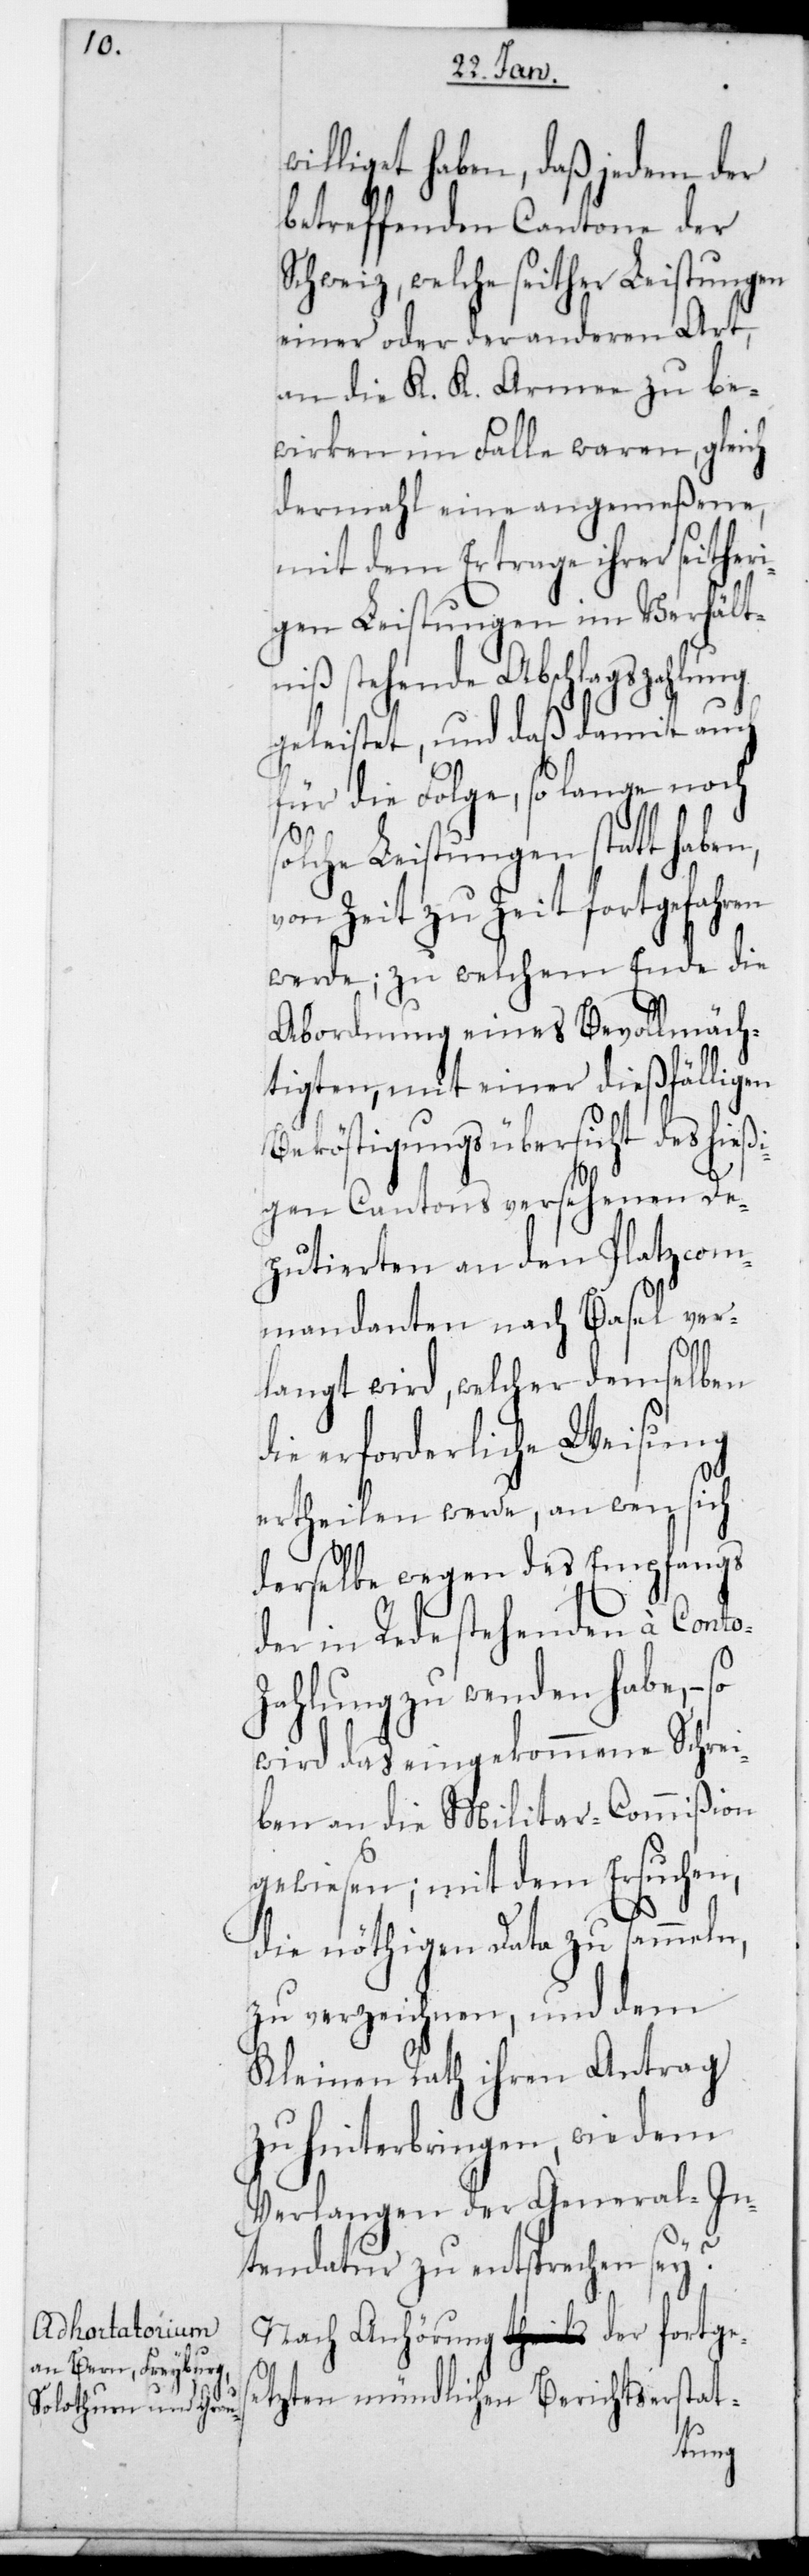
williget haben, daß jedem der
betreffenden Cantone der
Schweiz, welche seither Leistungen
einer oder der anderen Art
an die K. K. Armee zu be¬
wirken im Falle waren, gleich
dermahl eine angemeßene,
mit dem Ertrage ihrer seither¬
igen Leistungen im Verhält¬
niß stehende Abschlagszah¬
mit auch
geleistet, und daß da¬
für die Folge, so lange noch
solche Leistungen statthaben,
von Zeit zu Zeit fortgefahren
werde; zu welchem Ende die
Abordnung eines Bevollmäch¬
tigten, mit einer dießfälligen
Beköstigungsübersicht des hie¬
gen Cantons versehenen De¬
putierten an den Platzcom¬
mandanten nach Basel ver¬
langt wird, welcher demselben
die erforderliche Weisung
ertheilen werde, an wen sich
derselbe wegen des Empfangs
der in Rede stehenden à Cont¬
ahlung zu wenden habe, –
wird das eingekommene Schrei¬
ben an die Militar-Commißion
gewiesen; mit dem Ersuchen,
o-Z¬
die nöthigen Data zu sammeln,
zu verzeichnen, und dem
Kleinen Rath ihren Antrag
zu hinterbringen, wie dem
Verlangen der General-In¬
tendatur zu entsprechen sey?
Nach Anhörung der fortge¬
sezten mündlichen Berichtserstat-
lung